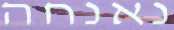
נאנחה